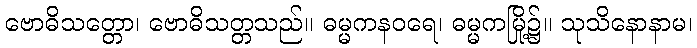
ဗောဓိသတ္တော၊ ဗောဓိသတ္တသည်။ ဓမ္မကနဝရေ၊ ဓမ္မကမြို့၌။ သုသိနောနာမ၊